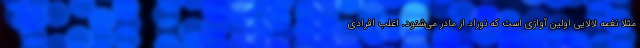
مثلا نغمه لالایی اولین آوازی است که نوزاد از مادر می‌شنود. اغلب افرادی